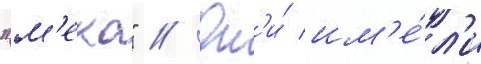
"м'еко" // Он'и́ им'е́л'и